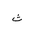
Letter: _tha